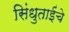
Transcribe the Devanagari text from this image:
सिंधुताईंचे